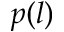
p ( l )